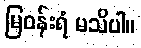
မြဝန်းရံ မသိပါ။